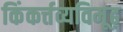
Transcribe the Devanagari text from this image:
किंकर्त्तव्यविमूढ़